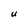
Character: U